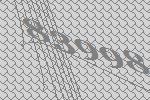
83998